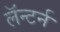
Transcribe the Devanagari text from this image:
लॅन्टर्न